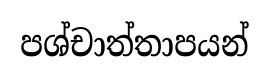
පශ්චාත්තාපයන්